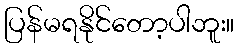
ပြန်မရနိုင်တော့ပါဘူး။